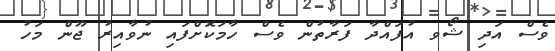
ވެސް އަދި ޝޯވ އުފައްދާ ފަރާތުން ވެސް ހާމަކޮށްފައި ނުވާއިރު ޖޫން މަހު